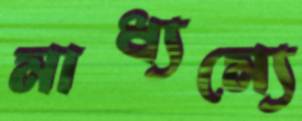
মাধ্যম্যে